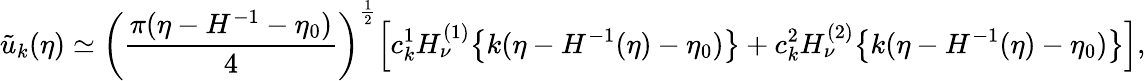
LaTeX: \tilde{u}_{k}(\eta)\simeq\left(\frac{\pi(\eta-H^{-1}-\eta_{0})}{4}\right)^{\frac{1}{2}}\Bigl[c_{k}^{1}H_{\nu}^{(1)}\bigl\{ k(\eta-H^{-1}(\eta)-\eta_{0})\bigr\} +c_{k}^{2}H_{\nu}^{(2)}\bigl\{ k(\eta-H^{-1}(\eta)-\eta_{0})\bigr\} \Bigr],